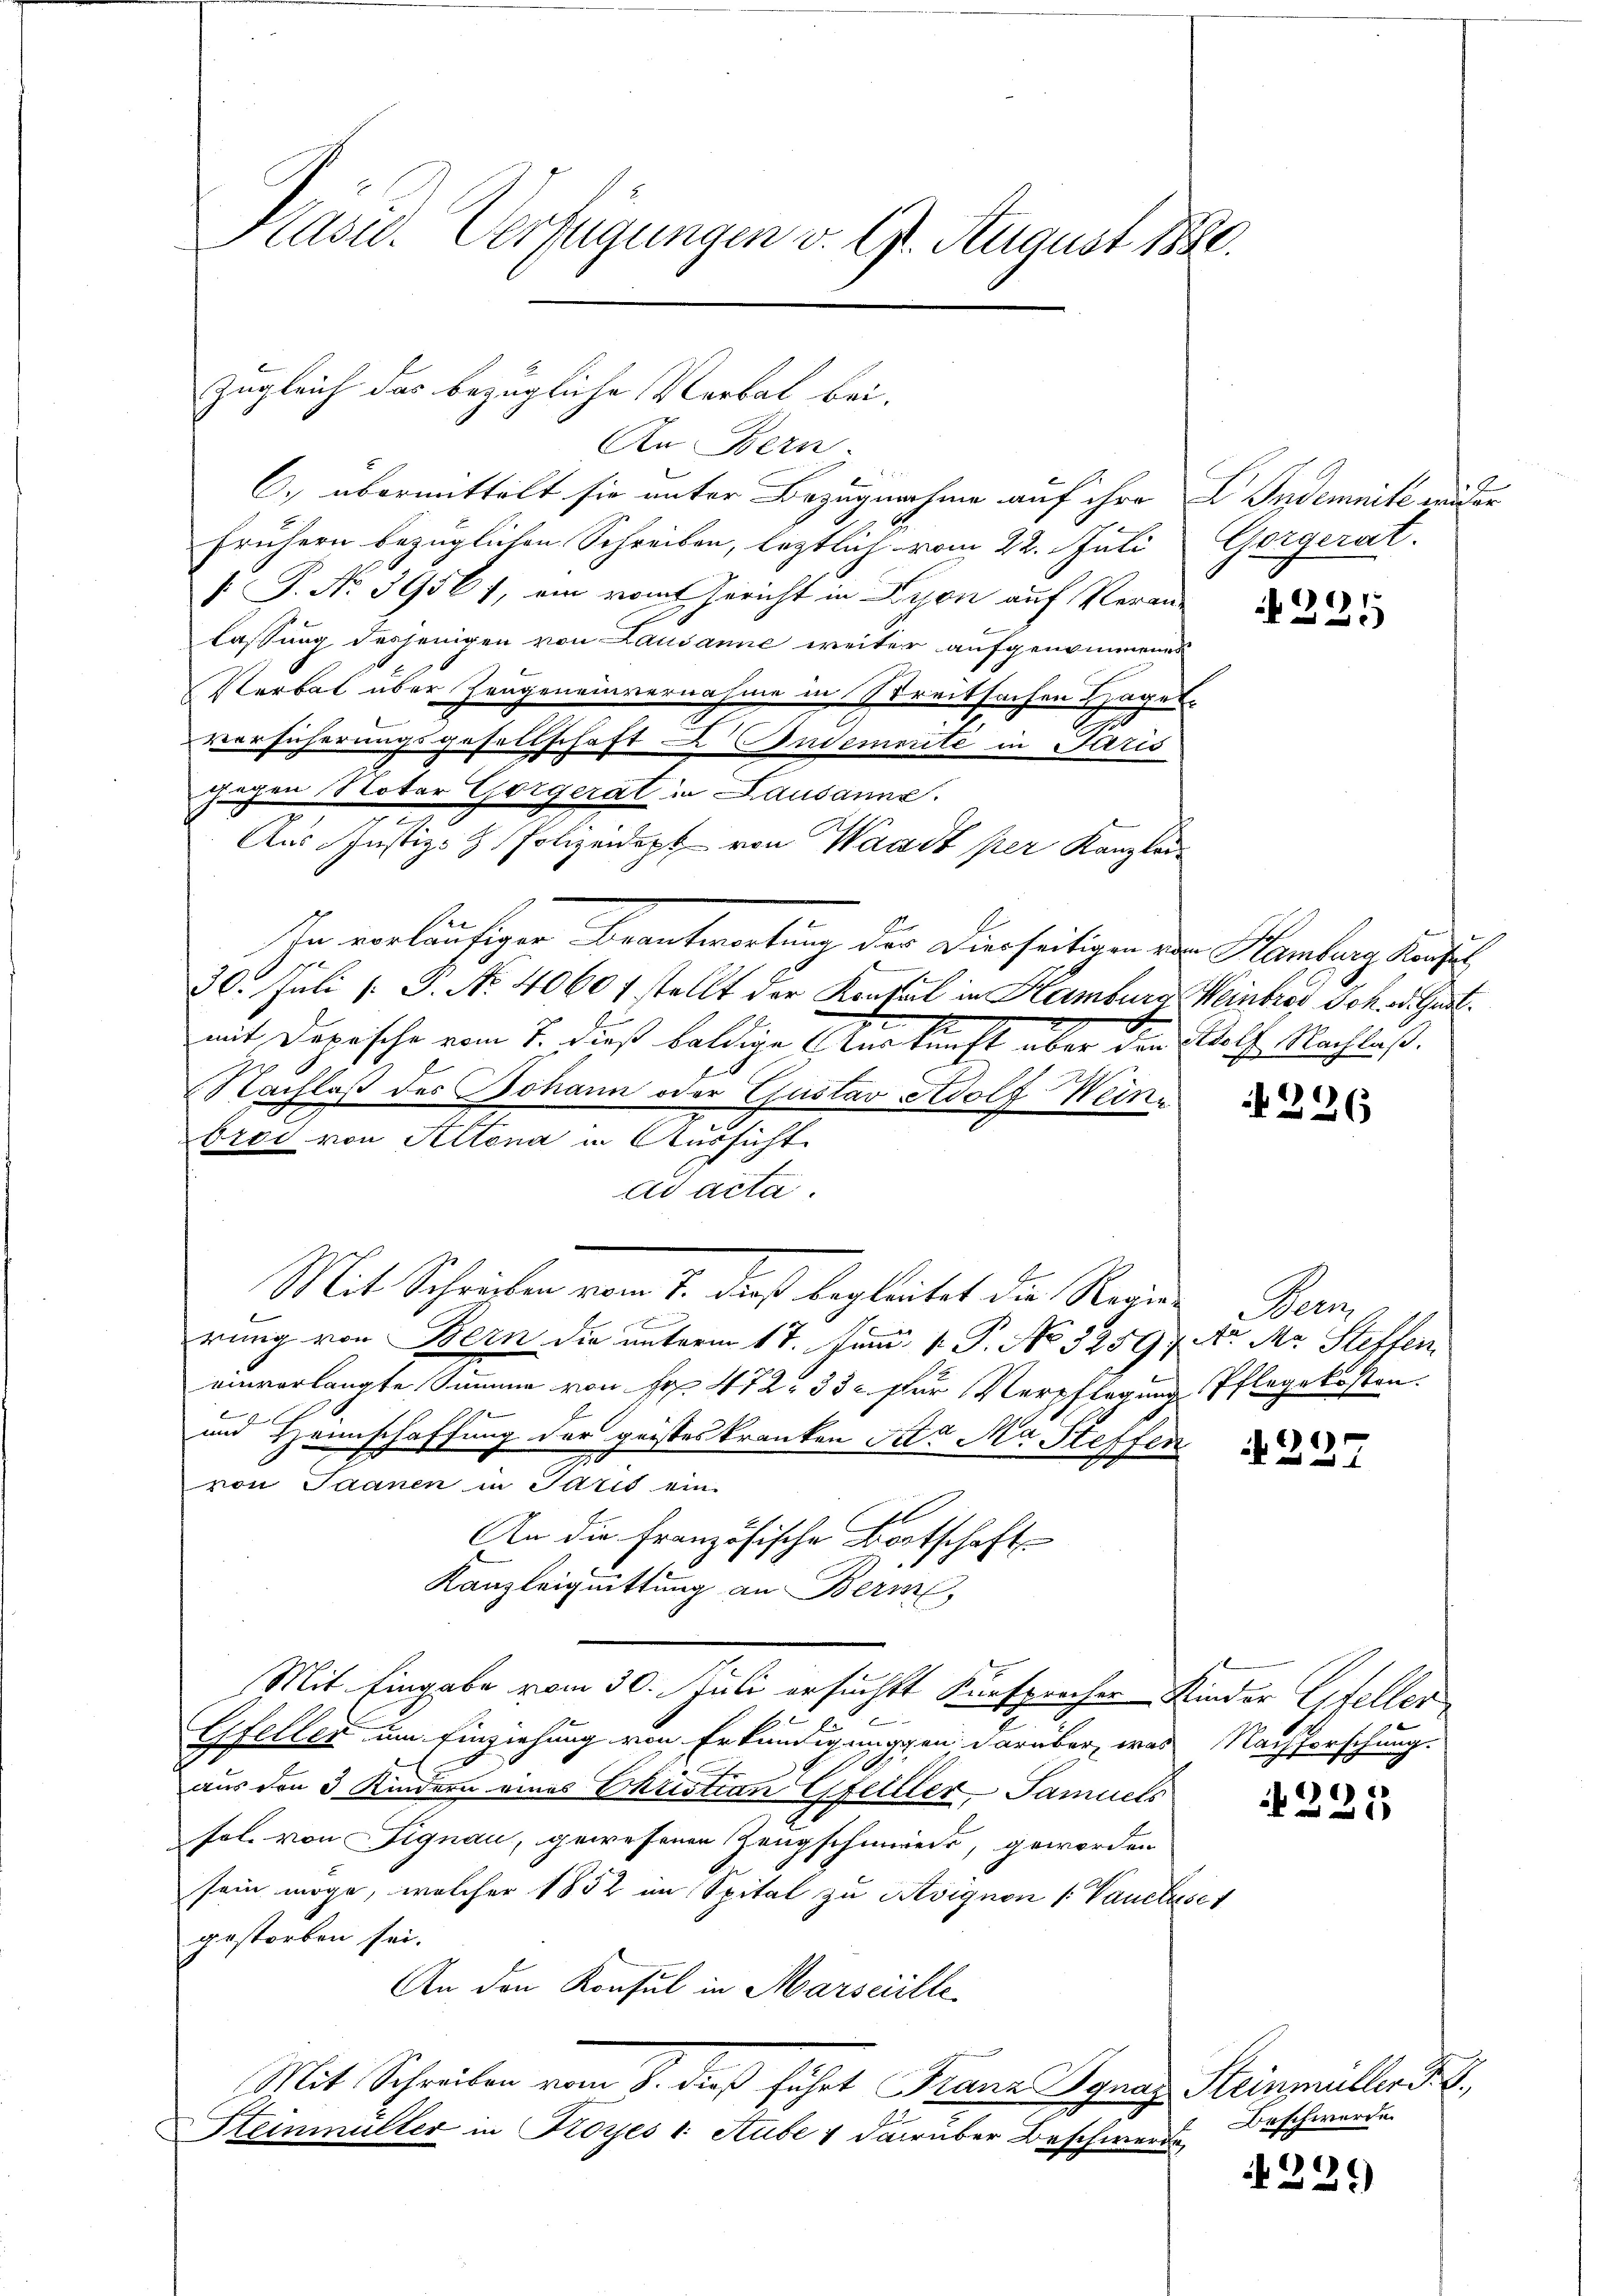
Kasid. Verfügungen v. 6. August 1890.

zugleich das bezügliche Verbal bei.

An Bern.
C) übermittelt sie unter Bezugnahme auf ihre E. Indemnite wieder
frühern bezüglichen Schreiben, letztlich vom 22. Juli Gorgerat.
 P. Nr. 39567, ein vom Gericht in Lyon auf Veranlassung desjenigen von Lausanne weiter aufgenommenes
Verbal über Zeugeneinvernahme in Streitsachen Hagel
b
Versicherungsgesellschaft & Andemente in Paris
gegen Notar Gorgerat in Lausanne.
Aus Justiz- & Polizeidept von Waadt per Kanzlei-
In vorläufiger Beantwortung der Dierseitigen von Hamburg Kaise
30. Juli [. P. No. 40607 stellt der Konsul in Hamburg Weinbros Joh. d. Gastmit Darische vom 7. dieß baldige Zukunft über die Wolf Nachlaß¬
Nachlaß des Johann oder Gustav Adolf Weine
brod von Altona in Aussicht
ad acta.
Mit Schrieben vom 1. daß begleitet die Regien Bern
rung von Bern die unterm 17. Juni v. P. No 32597 Xr Mr. Steffen
einverlangte Summe von Fr. 472. 33 für Verpflegung Pflegekosten.
k
und Heimschaffung der geisteskranken Sitz Ma Steffen
.
von Saanen in Paris ein
An die Französische Bortschafts-
Kanzleiquittung an Beri
Mit Eingabe vom 30. Juli ersuchtt Kursprecher Kinder Gfeller
b
Gfeller um Einziehung von Erkundigungen darüber, was Nachforschung.
aus den 3 Kindern eines Christian Gfelller, Samuels
fel. von Signau, gewesenen Zeugschmiede, geworden
sein möge, welcher 1852 im Spital zu Rovignon [Vauclase 1
gestorben sei.
An den Konsul in Marseille.
Mit Schreiben vom 8. dieß führt Franz Ignaz Steinmüller d. J.
Steinmüller in Kroyes 1 Stube & darüber Beschwerde

)*)
x

226

221

Beschwerde.

N 229